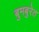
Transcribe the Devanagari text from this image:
बुमबुरेत